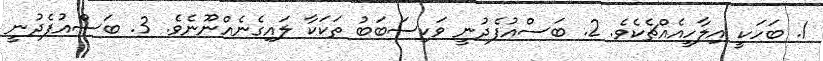
1. ބަހަކީ އިލާހީއެއްޗެކެވެ. 2. ބަސްއުފެދުނީ ވަކިސަބަބު ތަކަކާ ލައިގެނެއްނޫނެވެ. 3. ބަސްއުފެދުނީ